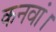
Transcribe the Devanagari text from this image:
कनवां।